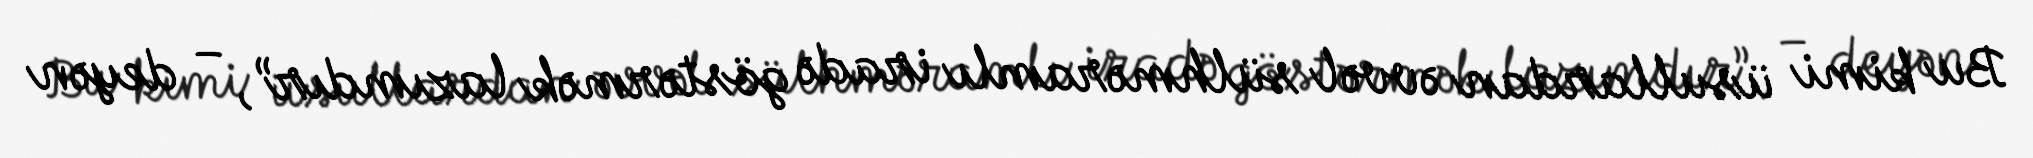
Bu kimi üsullardan əvvəl sülhməramlı iradə göstərmək lazımdır”, – deyən